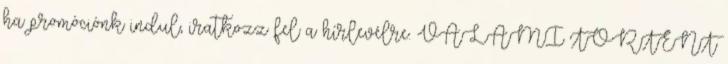
ha promóciónk indul, iratkozz fel a hírlevélre. VALAMI TÖRTÉNT